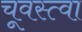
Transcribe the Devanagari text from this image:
चूवस्त्वा